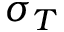
\sigma _ { T }